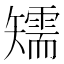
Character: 𥐎